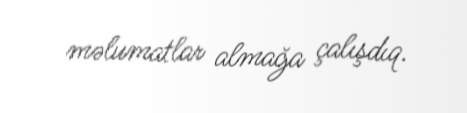
məlumatlar almağa çalışdıq.